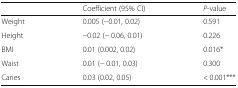
|  | Coefficient (95% CI) | P-value |
 | --- | --- | --- |
 | Weight | 0.005 (−0.01, 0.02) | 0.591 |
 | Height | −0.02 (− 0.06, 0.01) | 0.226 |
 | BMI | 0.01 (0.002, 0.02) | 0.016* |
 | Waist | 0.01 (− 0.01, 0.03) | 0.300 |
 | Caries | 0.03 (0.02, 0.05) | < 0.001*** |